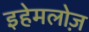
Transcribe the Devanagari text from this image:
इहेमलोज़